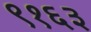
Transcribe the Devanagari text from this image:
९१६३